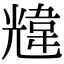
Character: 韑